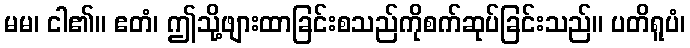
မမ၊ ငါ၏။ ဧတံ၊ ဤသို့ဖျားထာခြင်းစသည်ကိုစက်ဆုပ်ခြင်းသည်။ ပတိရူပံ၊